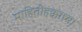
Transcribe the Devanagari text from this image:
माहितीहक्काच्या